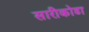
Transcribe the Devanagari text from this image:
सारीकोडा